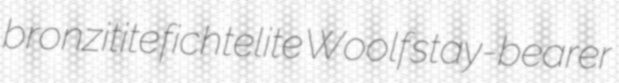
bronzitite fichtelite Woolf stay-bearer